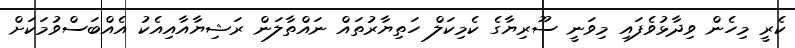
ކެރީ މިހެން ވިދާޅުވެފައި މިވަނީ ސޫރިޔާގެ ކެމިކަލް ހަތިޔާރުތައް ނައްތާލަން ރަޝިޔާއާއިއެކު އެއްބަސްވުމަކަށް